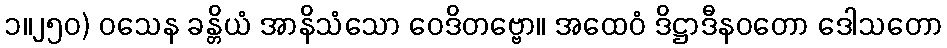
၁။၂၅၀) ဝသေန ခန္တိယံ အာနိသံသော ဝေဒိတဗ္ဗော။ အထေဝံ ဒိဋ္ဌာဒီနဝတော ဒေါသတော